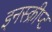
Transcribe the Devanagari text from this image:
इनस्क्रीप्ट